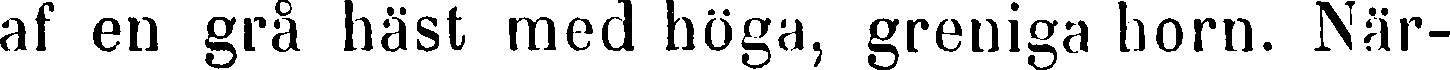
af en grå häst med höga, greniga horn. När-